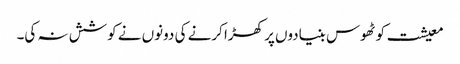
معیشت کو ٹھوس بنیادوں پر کھڑا کرنے کی دونوں نے کوشش نہ کی۔